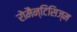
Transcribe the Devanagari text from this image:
रोमैन्टिसिज्म